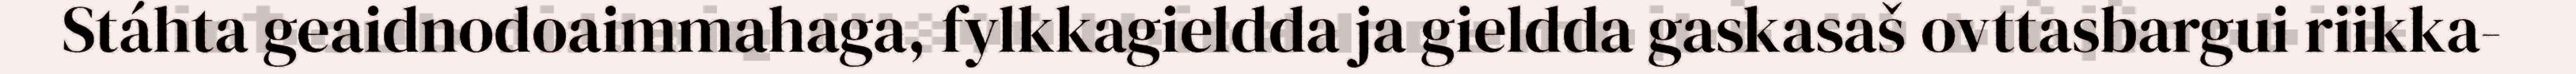
Stáhta geaidnodoaimmahaga, fylkkagieldda ja gieldda gaskasaš ovttasbargui riikka-